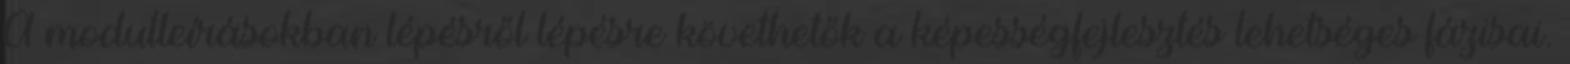
A modulleírásokban lépésről lépésre követhetők a képességfejlesztés lehetséges fázisai.